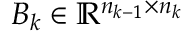
B _ { k } \in \mathbb { R } ^ { n _ { k - 1 } \times n _ { k } }